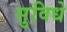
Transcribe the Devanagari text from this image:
सुविधे